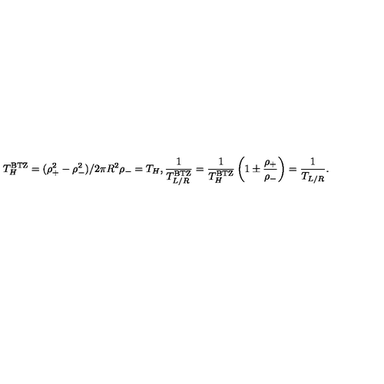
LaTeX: T _ { H } ^ { \mathrm { B T Z } } = ( \rho _ { + } ^ { 2 } - \rho _ { - } ^ { 2 } ) / 2 \pi R ^ { 2 } \rho _ { - } = T _ { H } , { \frac { 1 } { T _ { L / R } ^ { \mathrm { B T Z } } } } = { \frac { 1 } { T _ { H } ^ { \mathrm { B T Z } } } } \left( 1 \pm { \frac { \rho _ { + } } { \rho _ { - } } } \right) = { \frac { 1 } { T _ { L / R } } } .